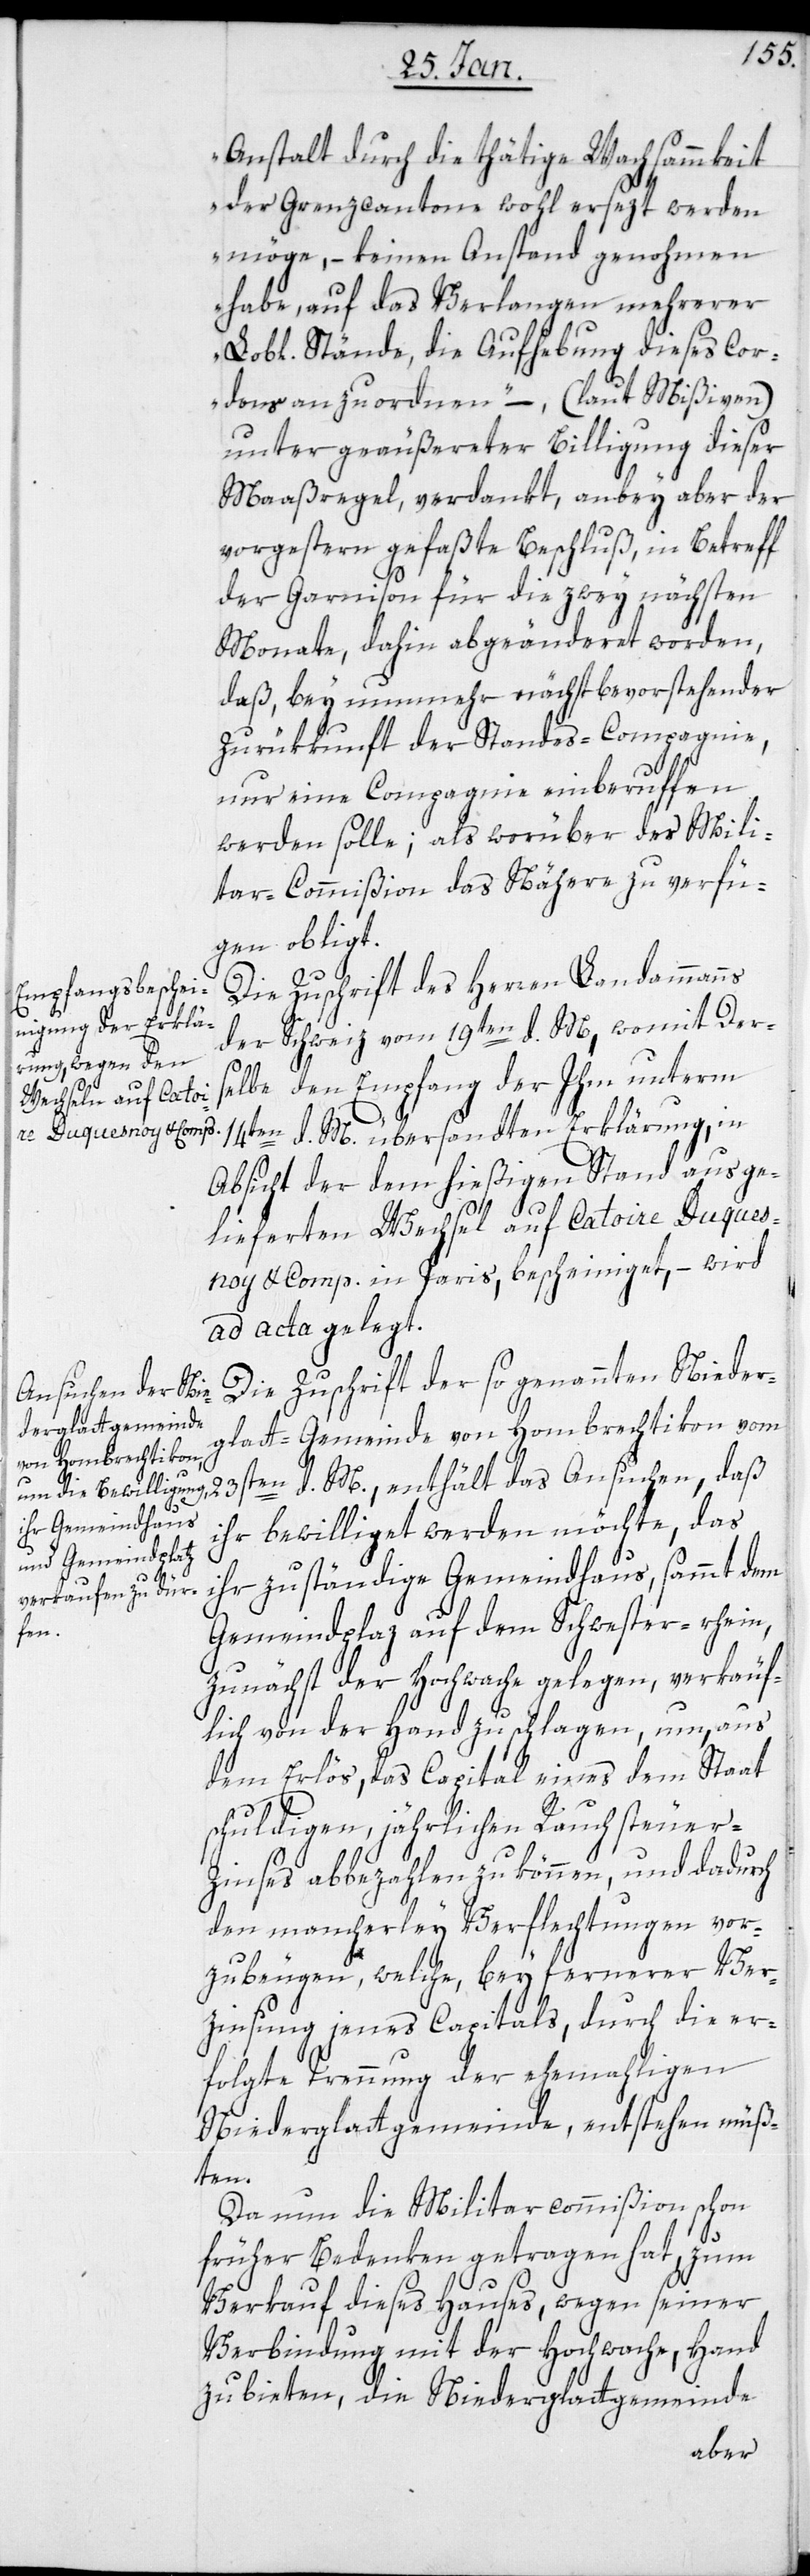
Anstalt durch die thätige Wachsammkeit
der Grenzcantone wohl ersezt werden
möge, – keinen Anstand genohmen
habe, auf das Verlangen mehrerer
Lobl. Stände, die Aufhebung dieses Cor¬
dons anzuordnen,“ – (laut Mißiven)
unter geäußerten Billigung dieser
Maaßregel, verdankt, anbey aber der
vorgestern gefaßte Beschluß, in Betreff
der Garnison für die zwey nächsten
Monate, dahin abgeänderet worden,
daß, bey nunmehr nächst bevorstehender
Zurükkunft der Standes-Compagnie,
nur eine Compagnie einberuffen
werden solle; als worüber der Mili¬
tar-Commißion das Nähere zu verfü¬
gen obligt.
Die Zuschrift des Herren Landammanns
der Schweiz vom 19ten d. M., womit Der¬
d.
selbe den Empfang der hm unterm
14ten d. M. übersandten Erklärung, in
Absicht der dem hießigen Stand ausge¬
lieferten Wechsel auf Catoire Duques¬
noy & Comp. in Paris, bescheiniget, – wird
ad acta gelegt.
Die Zuschrift der so genannten Nieder¬
glatt-Gemeinde von Hombrechtikon vom
ihr bewilliget werden möchte, das
ihr zuständige Gemeindhaus, sammt dem
Gemeindplatz auf dem Schwester-rhein,
zunächst der Hochwache gelegen, verkäuf¬
lich von der Hand zu schlagen, um, aus
dem Erlös das Capital eines dem Staat
schuldigen, jährlichen Rauchsteuer-Z¬
inses abbezahlen zu können, und dadurch
den mancherlei Verflechtungen vor¬
zubeugen, welche, bey fernerer Ver¬
zinsung jenes Capitals, durch die er¬
folgte Trennung der ehemahligen
Niederglattgemeinde, entstehen müß¬
ten.
Da nun die Militarcommißion schon
früher Bedenken getragen hat, zum
Verkauf dieses Hauses, wegen seiner
Verbindung mit der Hochwache, Hand
zu bieten, die Niederglattgemeinde